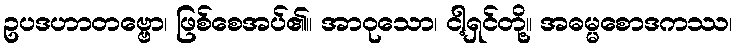
ဥပဒဟာတဗ္ဗော၊ ဖြစ်စေအပ်၏။ အာဝုသော၊ ငါ့ရှင်တို့။ အဓမ္မစောဒကဿ၊